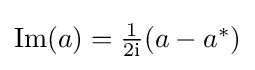
{\textstyle \operatorname {Im} (a)={\frac {1}{2\mathrm {i} }}(a-a^{*})}